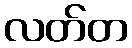
လတ်တ